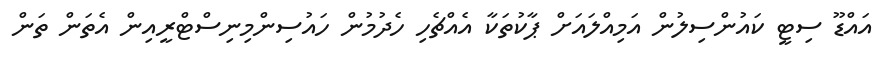
އައްޑޫ ސިޓީ ކައުންސިލުން އަމިއްލައަށް ޕާކުތަކާ އެއްޗެހި ހެދުމުން ހައުސިންމިނިސްޓްރީއިން އެތަން ތަން